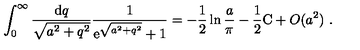
\int _ { 0 } ^ { \infty } \frac { \mathrm { d } q } { \sqrt { a ^ { 2 } + q ^ { 2 } } } \frac { 1 } { \mathrm { e } ^ { \sqrt { a ^ { 2 } + q ^ { 2 } } } + 1 } = - \frac { 1 } { 2 } \ln \frac { a } { \pi } - \frac { 1 } { 2 } \mathrm { C } + O ( a ^ { 2 } ) \ .